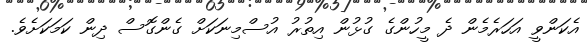
އެކަންވީ އަހަރެމެން ދެ މީހުންގެ ގުޅުން އިތުރު އުސްމިނަކަށް ގެންގޮސް ދިން ކަމަކަށެވެ.